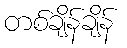
တစ်ချိန်ချိန်